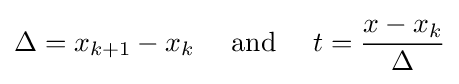
\Delta =x_{k+1}-x_{k}\quad {\text{ and }}\quad t={\frac {x-x_{k}}{\Delta }}